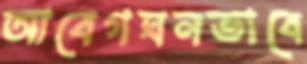
আবেগঘনভাবে